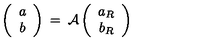
\left( \begin{array} { c } { a } \\ { b } \\ \end{array} \right) \: = \: { \cal A } \left( \begin{array} { c } { a _ { R } } \\ { b _ { R } } \\ \end{array} \right)